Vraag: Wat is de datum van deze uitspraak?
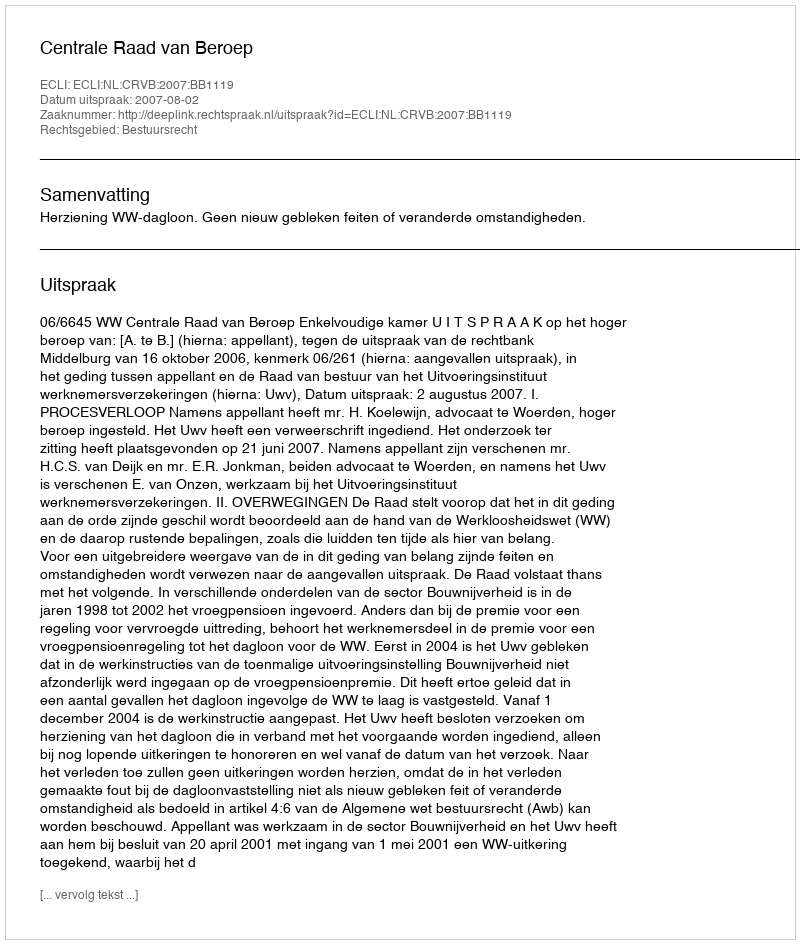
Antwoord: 2007-08-02